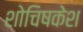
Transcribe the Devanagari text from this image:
शोचिषकेश